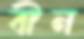
বীন